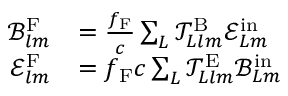
\begin{array} { r l } { \mathcal { B } _ { l m } ^ { \mathrm { F } } } & { = \frac { f _ { \mathrm { F } } } { c } \sum _ { L } \mathcal { T } _ { L l m } ^ { \mathrm { B } } \mathcal { E } _ { L m } ^ { \mathrm { i n } } } \\ { \mathcal { E } _ { l m } ^ { \mathrm { F } } } & { = f _ { \mathrm { F } } c \sum _ { L } \mathcal { T } _ { L l m } ^ { \mathrm { E } } \mathcal { B } _ { L m } ^ { \mathrm { i n } } } \end{array}